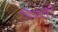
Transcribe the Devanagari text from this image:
चिळली